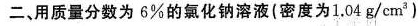
二。用质量分数为6%的氯化钠溶液(密度为1.04g/zm^{3})